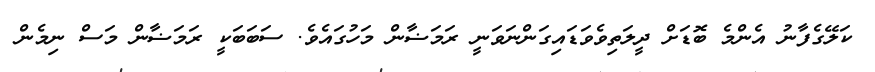
ކަލޭގެފާނު އެންމެ ބޮޑަށް ދީލަތިވެވަޑައިގަންނަވަނީ ރަމަޟާން މަހުގައެވެ. ސަބަބަކީ ރަމަޟާން މަސް ނިމެން